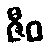
ဇီဝ